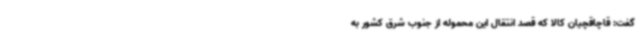
گفت: قاچاقچیان کالا که قصد انتقال این محموله از جنوب شرق کشور به